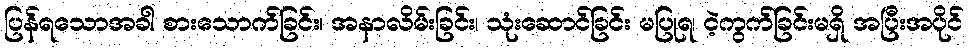
ပြန်ရသောအခါ စားသောက်ခြင်း၊ အနာလိမ်းခြင်း၊ သုံးဆောင်ခြင်း မပြုရ၊ ငဲ့ကွက်ခြင်းမရှိ အပြီးအပိုင်